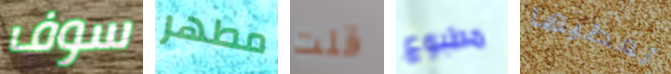
سوف مطهر قلت مطبوع تعطيها